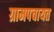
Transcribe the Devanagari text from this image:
ग्रामपचायत